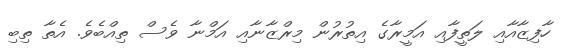
ހާފިޒާއާއި ލަތީފާއި އަމީރާގެ އިތުރުން މިރްޒާނާއި އަމްނާ ވެސް ތިއްބެވެ. އެތާ ތިބި